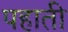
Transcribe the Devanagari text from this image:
पहाती